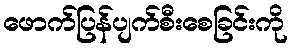
ဖောက်ပြန်ပျက်စီးစေခြင်းကို